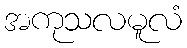
အကုသလမူလံ